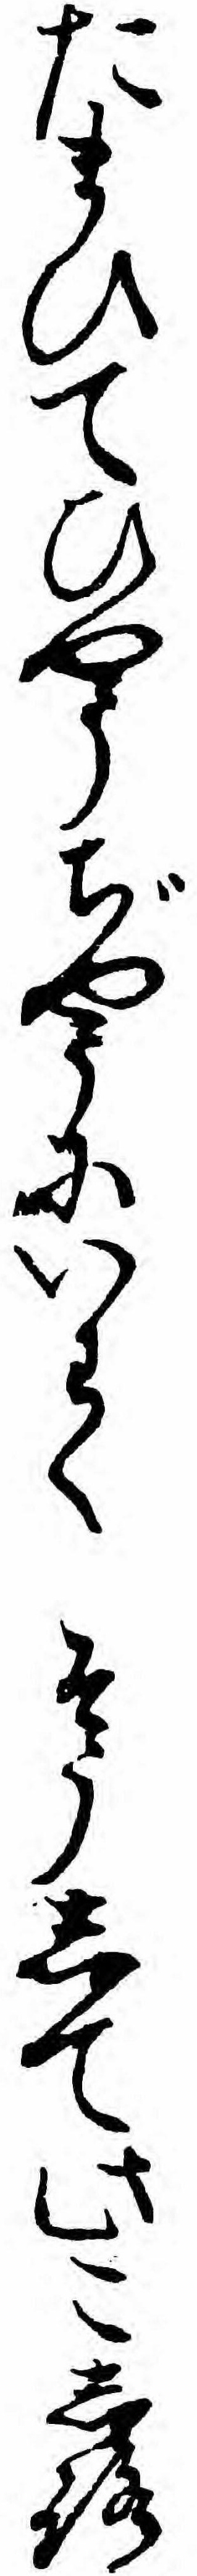
たまひてひやうぢやうにいわくそうして此こしろ